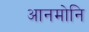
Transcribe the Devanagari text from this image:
आनमोनि